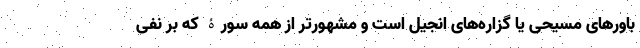
باورهای مسیحی یا گزاره‌های انجیل است و مشهورتر از همه سورۀ که بر نفی